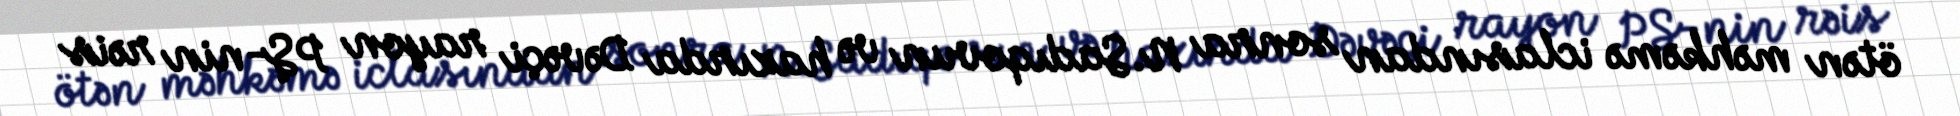
ötən məhkəmə iclasından sonra N.Sadıqovun və hazırda Dəvəçi rayon PŞ-nin rəis